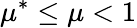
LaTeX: \mu^{*}\leq\mu<1